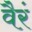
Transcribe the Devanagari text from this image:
वैरं